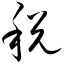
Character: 税